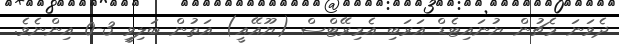
ދެވަނަ މެޗުން ޔުނައިޓެޑް އަރަބި އެމިރޭޓްސް (ޔޫއޭއީ) އަތުން ބަލިވީ 3-0 އިންނެވެ.